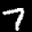
Label: 7